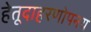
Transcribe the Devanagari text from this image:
हेतूदाहरणोपनय